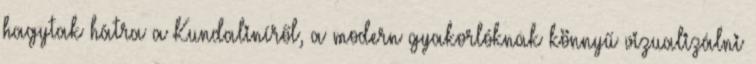
hagytak hátra a Kundaliníről, a modern gyakorlóknak könnyű vizualizálni